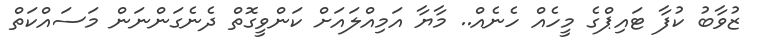
ޒުވާބު ކުފާ ޓައިޕްގެ މީހެއް ހެނެއް.. މާޔާ އަމިއްލައަށް ކަންވީގޮތް ދެނެގަންނަން މަސައްކަތް